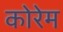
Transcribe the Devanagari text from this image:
कोरेम